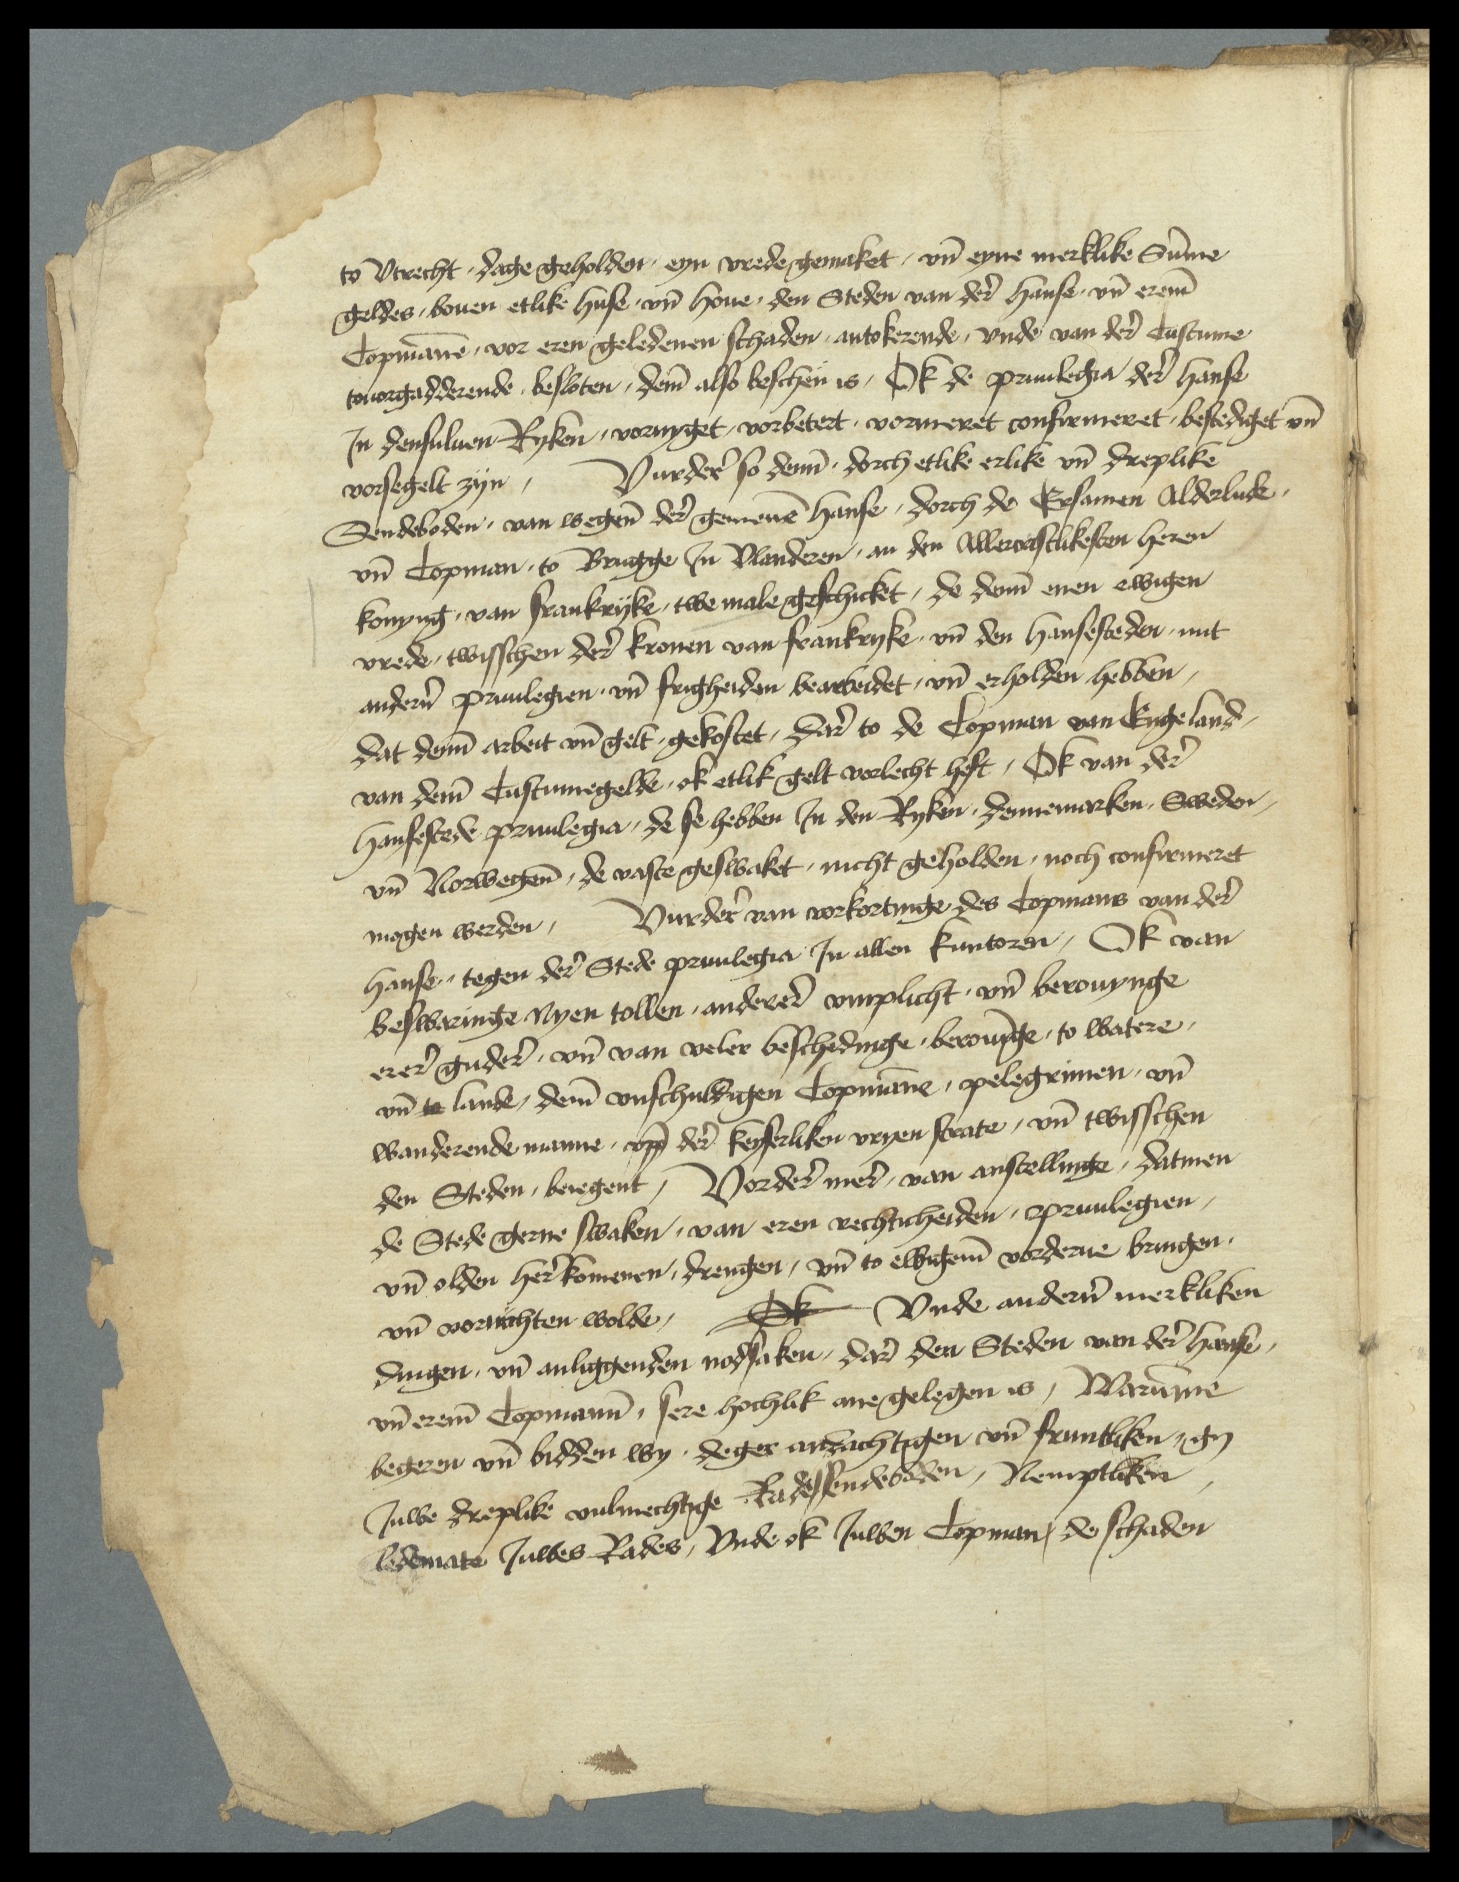
to Vtrecht, dage geholden, eyn vrede gemaket, vn̄ eyne merklike Sūme
geldes, boven etlike huse vnd houe, den Steden van der hanse vnd erem
Copmāne vor eren geledenen schaden, antokerende, vnde van der Castume
touorgadderende, besloten, dem̄ also beschen is, Ok de priuilegia der hanse
Jn densulven Ryken, vornyget, vorbetert vorameret confirmeret bestediget vn̄
vorsegelt zyn vurder so dem̄ dorch etlike erlike vn̄ dreplike
Sendeboden, van wegen der gemenē hanse, dorch de Ersamen Olderlude
vnd Copman to Brugge Jn Vlanderen, an den Allererstlikesten heren
konyng van Frankryke, twe male geschicket, de dem̄ enen ewigen
vrede twisschen der kronen van Frankryke vnd den Hansesteden mit
ander̉n priuilegien vnd frigheiden bearbeidet, vnd erholden hebben
dat dem̄ arbeit vnd gelt gekostet, dar to de Copman van Engeland
van dem̄ Custumegelde, ok etlik gelt vorlecht heft, ok van der
Hansestede priuilegia, de se hebben Jn den Ryken Dennemarken, Sweden
vnd Norwegen, de vaste geswaket, nicht geholden, noch confirmeret
mogen werden Vurder van vorkortinge des Copmans van der
hanse, tegen der Stede priuilegia Jn allen kuntoren, Ok van
beswaringe nyen tollen, anderen vmplicht vnd berouynge
erer guder vnd van veler beschedinge berouīge to watere
vnd to lande, dem̄ vnschuldigen Copmanne, pelegrinen, vn̄
wanderende manne vpp̄ deren keyserliken vryen strate, vn̄ twisschen
den Steden, beregent, Vorder mer van anstellinge, Datmen
de Stede gerne swaken, van eren rechticheiden, priuilegien
vnd olden heren komenen drengen, vn̄ to ewigem vorderue bringen
vnd vorrichten wolde, de vnde anderen merkliken
dingen, vn̄ anliggenden nodsaken, dar den Steden van der hense
vn̄ erem Copmann̄ sere hochlik ane gelegen is, Warūme
begeren vn̄ bidden wy deger andachtigen vnd fruntliken gy
Juwe dreplike vulmechtige Radesendebaden, Nemptliken
ledemate Juwes Rade, Vnde ok Juwen Copman, de schaden